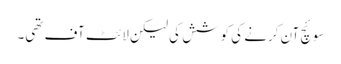
سوئچ آن کرنے کی کوشش کی لیکن لائٹ آف تھی۔